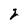
Character: 2